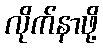
လိုက်နာဖို့